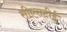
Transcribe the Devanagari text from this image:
सीएसटीई